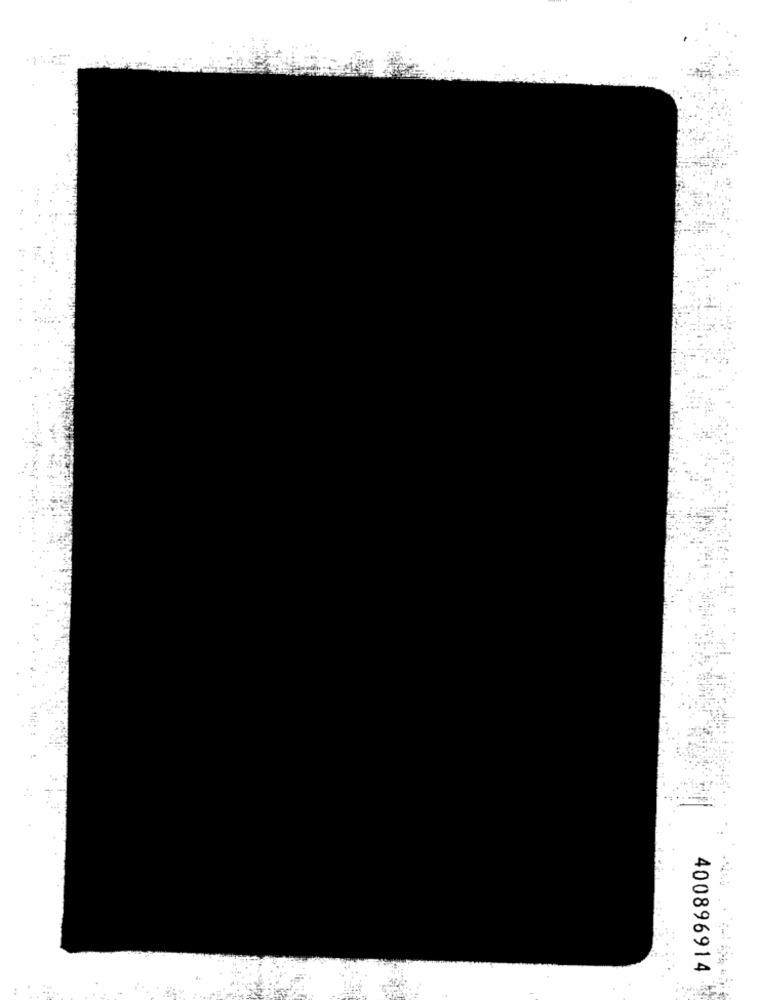
400896914